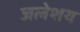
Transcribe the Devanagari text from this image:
जलेशय